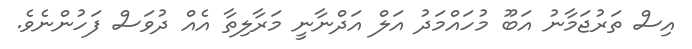
އިސް ތަރުޖަމާނު އަބޫ މުހައްމަދު އަލް އަދްނާނީ މަރާލިތާ އެއް ދުވަސް ފަހުންނެވެ.